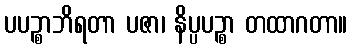
ပပဉ္စာဘိရတာ ပဇာ၊ နိပ္ပပဉ္စာ တထာဂတာ။